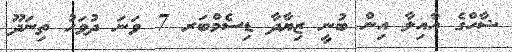
ޝާހްގެ އާއިލާ އިން ބުނީ ޒިޔާދާ ޑިސެމްބަރ 7 ވަނަ ދުވަހު ތިނަދޫ